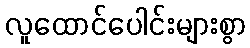
လူထောင်ပေါင်းများစွာ